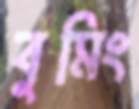
বুমিং